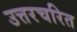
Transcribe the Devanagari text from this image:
उत्तरचरित